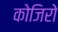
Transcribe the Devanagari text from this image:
कोजिरो